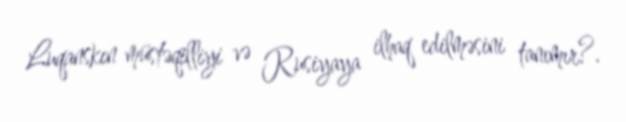
Luqanskın müstəqilliyi və Rusiyaya ilhaq edilməsini tanımır?.